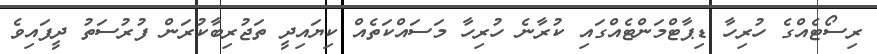
ރިސޯޓެއްގެ ހުރިހާ ޑިޕާޓްމަންޓެއްގައި ކުރާނެ ހުރިހާ މަސައްކަތެއް ކިޔައިދީ ތަޖުރިބާކުރަން ފުރުސަތު ދީފައިވެ